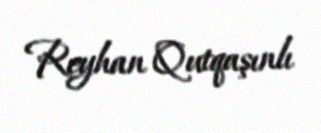
Reyhan Qutqaşınlı